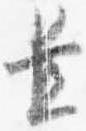
置